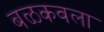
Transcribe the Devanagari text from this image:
बळकवला